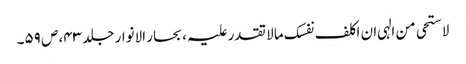
لاستحی من الہی ان اکلف نفسک ما لا تقدر علیہ ، بحار الانوار جلد ۴۳، ص ۵۹۔